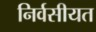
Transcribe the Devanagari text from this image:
निर्वसीयत